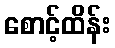
စောင့်ထိန်း